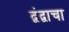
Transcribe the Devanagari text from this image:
द्वंद्वाचा